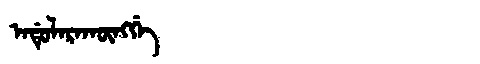
Manchu: ᠠᡩᡠᠯᠠᡵᠠᡴᡡᠩᡤᡝ
Romanization: ADULARAKŪNGGE